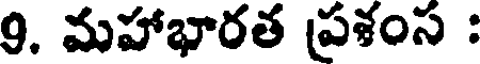
9. మహాభారత ప్రశంస :